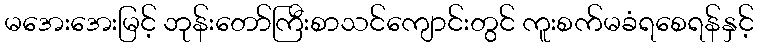
မအေးအေးမြင့် ဘုန်းတော်ကြီးစာသင်ကျောင်းတွင် ကူးစက်မခံရစေရန်နှင့်